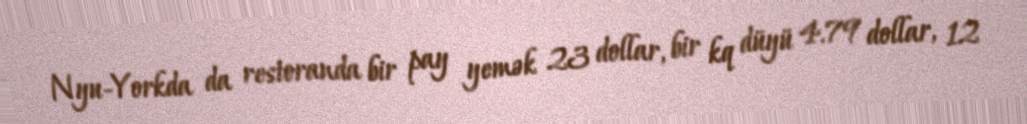
Nyu-Yorkda da restoranda bir pay yemək 23 dollar, bir kq düyü 4.79 dollar, 12